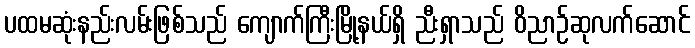
ပထမဆုံးနည်းလမ်းဖြစ်သည် ကျောက်ကြီးမြို့နယ်ရှိ ညီးရှာသည် ဝိညာဉ်ဆုလက်ဆောင်